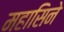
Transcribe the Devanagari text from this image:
महासिने